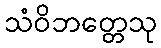
သံဝိဘတ္တေသု